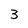
Character: 3